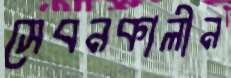
সেবনকালীন